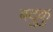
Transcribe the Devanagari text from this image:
बदुकु